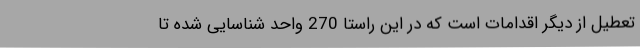
تعطیل از دیگر اقدامات است که در این راستا 270 واحد شناسایی شده تا